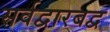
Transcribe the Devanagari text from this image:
सर्वद्वारबद्व